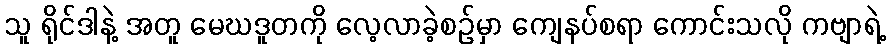
သူ ရိုင်ဒါနဲ့ အတူ မေဃဒူတကို လေ့လာခဲ့စဉ်မှာ ကျေနပ်စရာ ကောင်းသလို ကဗျာရဲ့